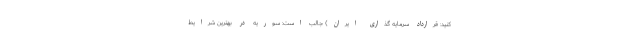
کنید: قرارداد سرمایه گذاری ایران) جالب است: سوریه در بهترین شرایط